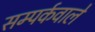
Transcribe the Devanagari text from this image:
सम्पर्कवाले